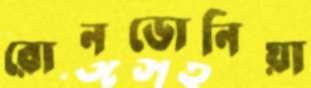
রোনডোনিয়া